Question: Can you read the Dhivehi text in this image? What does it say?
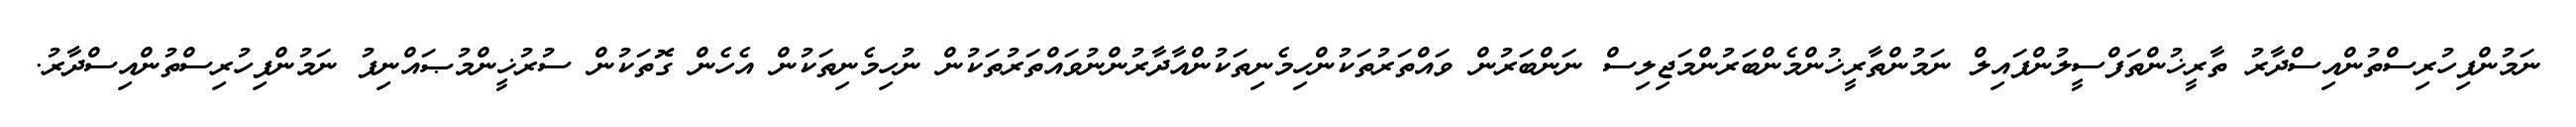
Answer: ނަމުންފިހުރިސްތުންއިސްދާރު ތާރީޚުންތަފްސީލުންފައިލް ނަމުންތާރީޚުންމެންބަރުންމަޖިލިސް ނަންބަރުން ވައްތަރުތަކުންހިމެނިތަކުންއާދާރުންނުވައްތަރުތަކުން ނުހިމެނިތަކުން އެހެން ގޮތަކުން ސުރުޚީންމުޞައްނިފު ނަމުންފިހުރިސްތުންއިސްދާރު.